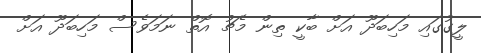
ލީގުގައި މަހިބަދޫ އަށް ބާކީ ތިން މެޗު އޮތް ނަމަވެސް މަހިބަދޫ އަށް